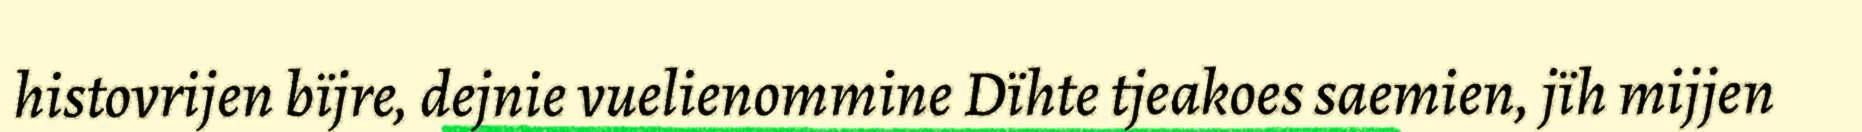
histovrijen bïjre, dejnie vuelienommine Dïhte tjeakoes saemien, jïh mijjen